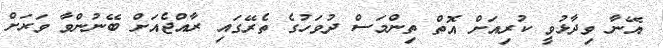
އޭނާ ވިދާޅުވީ ކުރިއަށް އޮތް ތިންމަސް ދުވަހުގެ ތެރޭގައި ރާއްޖެއަށް ބޭނުންވާ ވަރަށް